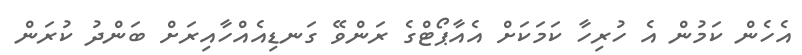
އެހެން ކަމުން އެ ހުރިހާ ކަމަކަށް އެއާޕޯޓްގެ ރަންވޭ ގަނޑިއެއްހާއިރަށް ބަންދު ކުރަން